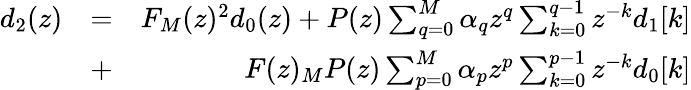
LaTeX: \begin{array}{rlr}{d_{2}(z)}&{=}&{F_{M}(z)^{2}d_{0}(z)+P(z)\sum_{q=0}^{M}\alpha_{q}z^{q}\sum_{k=0}^{q-1}z^{-k}{d_{1}[k]}}\\ &{+}&{F(z)_{M}P(z)\sum_{p=0}^{M}\alpha_{p}z^{p}\sum_{k=0}^{p-1}z^{-k}d_{0}[k]}\end{array}